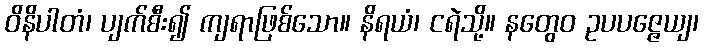
ဝိနိပါတံ၊ ပျက်စီး၍ ကျရာဖြစ်သော။ နိရယံ၊ ငရဲသို့။ နတွေဝ ဥပပဇ္ဇေယျ၊